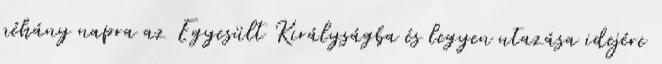
néhány napra az Egyesült Királyságba és legyen utazása idejére